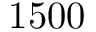
1 5 0 0